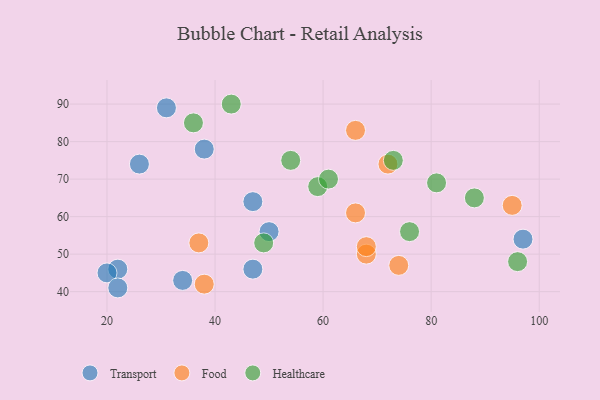
{"axis": {"x": "GDP", "y": "Life Expectancy"}, "legend": ["Food", "Healthcare", "Transport"], "data": [{"x": "47", "y": 64, "type": "Transport"}, {"x": "47", "y": 46, "type": "Transport"}, {"x": "97", "y": 54, "type": "Transport"}, {"x": "31", "y": 89, "type": "Transport"}, {"x": "26", "y": 74, "type": "Transport"}, {"x": "38", "y": 78, "type": "Transport"}, {"x": "34", "y": 43, "type": "Transport"}, {"x": "50", "y": 56, "type": "Transport"}, {"x": "22", "y": 46, "type": "Transport"}, {"x": "20", "y": 45, "type": "Transport"}, {"x": "22", "y": 41, "type": "Transport"}, {"x": "72", "y": 74, "type": "Food"}, {"x": "66", "y": 83, "type": "Food"}, {"x": "68", "y": 50, "type": "Food"}, {"x": "37", "y": 53, "type": "Food"}, {"x": "38", "y": 42, "type": "Food"}, {"x": "68", "y": 52, "type": "Food"}, {"x": "74", "y": 47, "type": "Food"}, {"x": "66", "y": 61, "type": "Food"}, {"x": "95", "y": 63, "type": "Food"}, {"x": "54", "y": 75, "type": "Healthcare"}, {"x": "59", "y": 68, "type": "Healthcare"}, {"x": "43", "y": 90, "type": "Healthcare"}, {"x": "73", "y": 75, "type": "Healthcare"}, {"x": "61", "y": 70, "type": "Healthcare"}, {"x": "36", "y": 85, "type": "Healthcare"}, {"x": "88", "y": 65, "type": "Healthcare"}, {"x": "76", "y": 56, "type": "Healthcare"}, {"x": "49", "y": 53, "type": "Healthcare"}, {"x": "81", "y": 69, "type": "Healthcare"}, {"x": "96", "y": 48, "type": "Healthcare"}]}